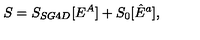
S = S _ { S G 4 D } [ E ^ { A } ] + S _ { 0 } [ \hat { E } ^ { a } ] ,